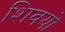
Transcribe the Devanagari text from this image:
शिवयो